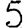
Digit: 5